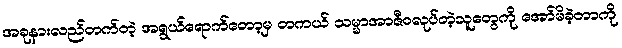
အခုနားလည်တက်တဲ့ အရွယ်ရောက်တော့မှ တကယ် သမ္မာအာဇီဝလုပ်တဲ့သူတွေကို အော်မိခဲ့တာကို